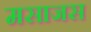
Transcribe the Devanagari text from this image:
मसाजस